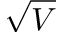
\sqrt { V }